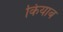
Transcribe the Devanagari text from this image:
कियाब